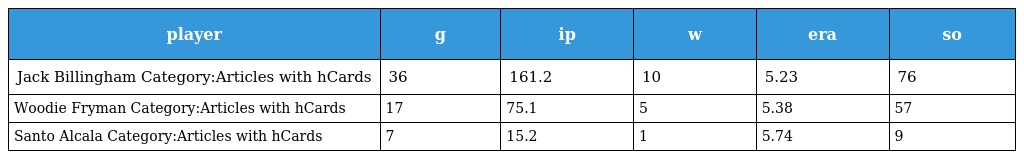
| player | g | ip | w | era | so |
 | --- | --- | --- | --- | --- | --- |
 | Jack Billingham Category:Articles with hCards | 36 | 161.2 | 10 | 5.23 | 76 |
 | Woodie Fryman Category:Articles with hCards | 17 | 75.1 | 5 | 5.38 | 57 |
 | Santo Alcala Category:Articles with hCards | 7 | 15.2 | 1 | 5.74 | 9 |